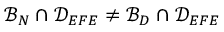
\mathcal { B } _ { N } \cap \mathcal { D } _ { E F E } \neq \mathcal { B } _ { D } \cap \mathcal { D } _ { E F E }